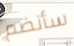
سأنضم